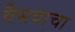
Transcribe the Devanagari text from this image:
वैभवाचा